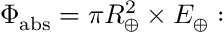
\Phi _ { \mathrm { a b s } } = \pi R _ { \oplus } ^ { 2 } \times E _ { \oplus } :